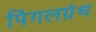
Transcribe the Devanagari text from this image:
पिंगलग्रंथ